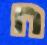
ח